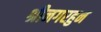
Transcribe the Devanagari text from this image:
श्रीनगरहुन